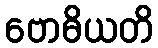
ဗောဓိယတိ